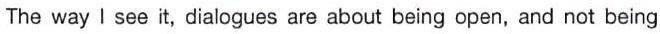
The way I see it, dialogues are about being open, and not being